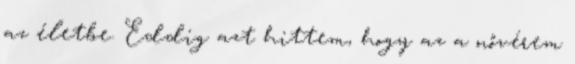
az életbe. Eddig azt hittem, hogy az a nővérem